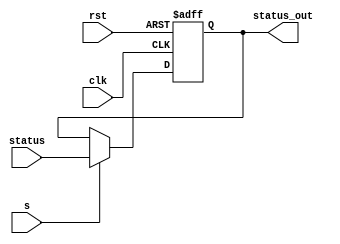
module StatusReg (
    clk,
    rst,
    s,
    status,
    status_out
);
    input clk, rst, s;
    input [3:0] status;

    output reg [3:0] status_out;

    always @(negedge clk, posedge rst) begin
        if (rst) begin
            status_out <= 4'd0;
        end
        else begin
            status_out <= (s) ? status : status_out;
        end
    end
endmodule